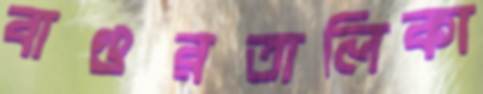
বাগুরতালিকা